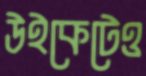
উইকেটেও